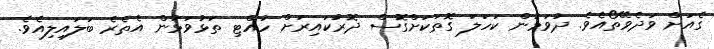
ގެއަށް ވަދެވޭތޯއެވެ. ދުވަމުން ކަހަލަ ގޮތަކަށްގޮސް ދޮރުކައިރަށް ހުއްޓި ތަޅުވަޅުން އެތެރެ ބަލައިލިއެވެ.